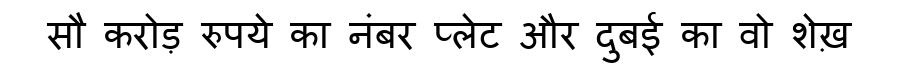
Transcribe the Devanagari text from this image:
सौ करोड़ रुपये का नंबर प्लेट और दुबई का वो शेख़